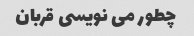
چطور می نویسی قربان